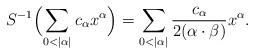
LaTeX: \begin{align*} S^{-1}\Bigl(\sum_{0 < |\alpha|} c_{\alpha}x^{\alpha}\Bigr)=\sum_{0 < |\alpha|} \frac{c_{\alpha}}{2(\alpha \cdot\beta)} x^{\alpha}.\end{align*}